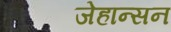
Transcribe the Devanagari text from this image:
जेहान्सन